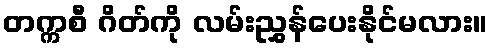
တက္ကစီ ဂိတ်ကို လမ်းညွှန်ပေးနိုင်မလား။